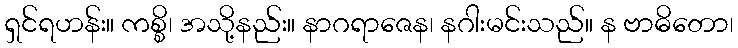
ရှင်ရဟန်း။ ကစ္စိ၊ အသို့နည်း။ နာဂရာဇေန၊ နဂါးမင်းသည်။ န ဗာဓိတော၊